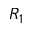
R _ { 1 }